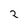
Character: 2